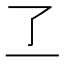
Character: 𬼶